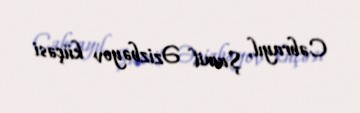
Cəbrayıl, Şamil Əzizbəyov küçəsi